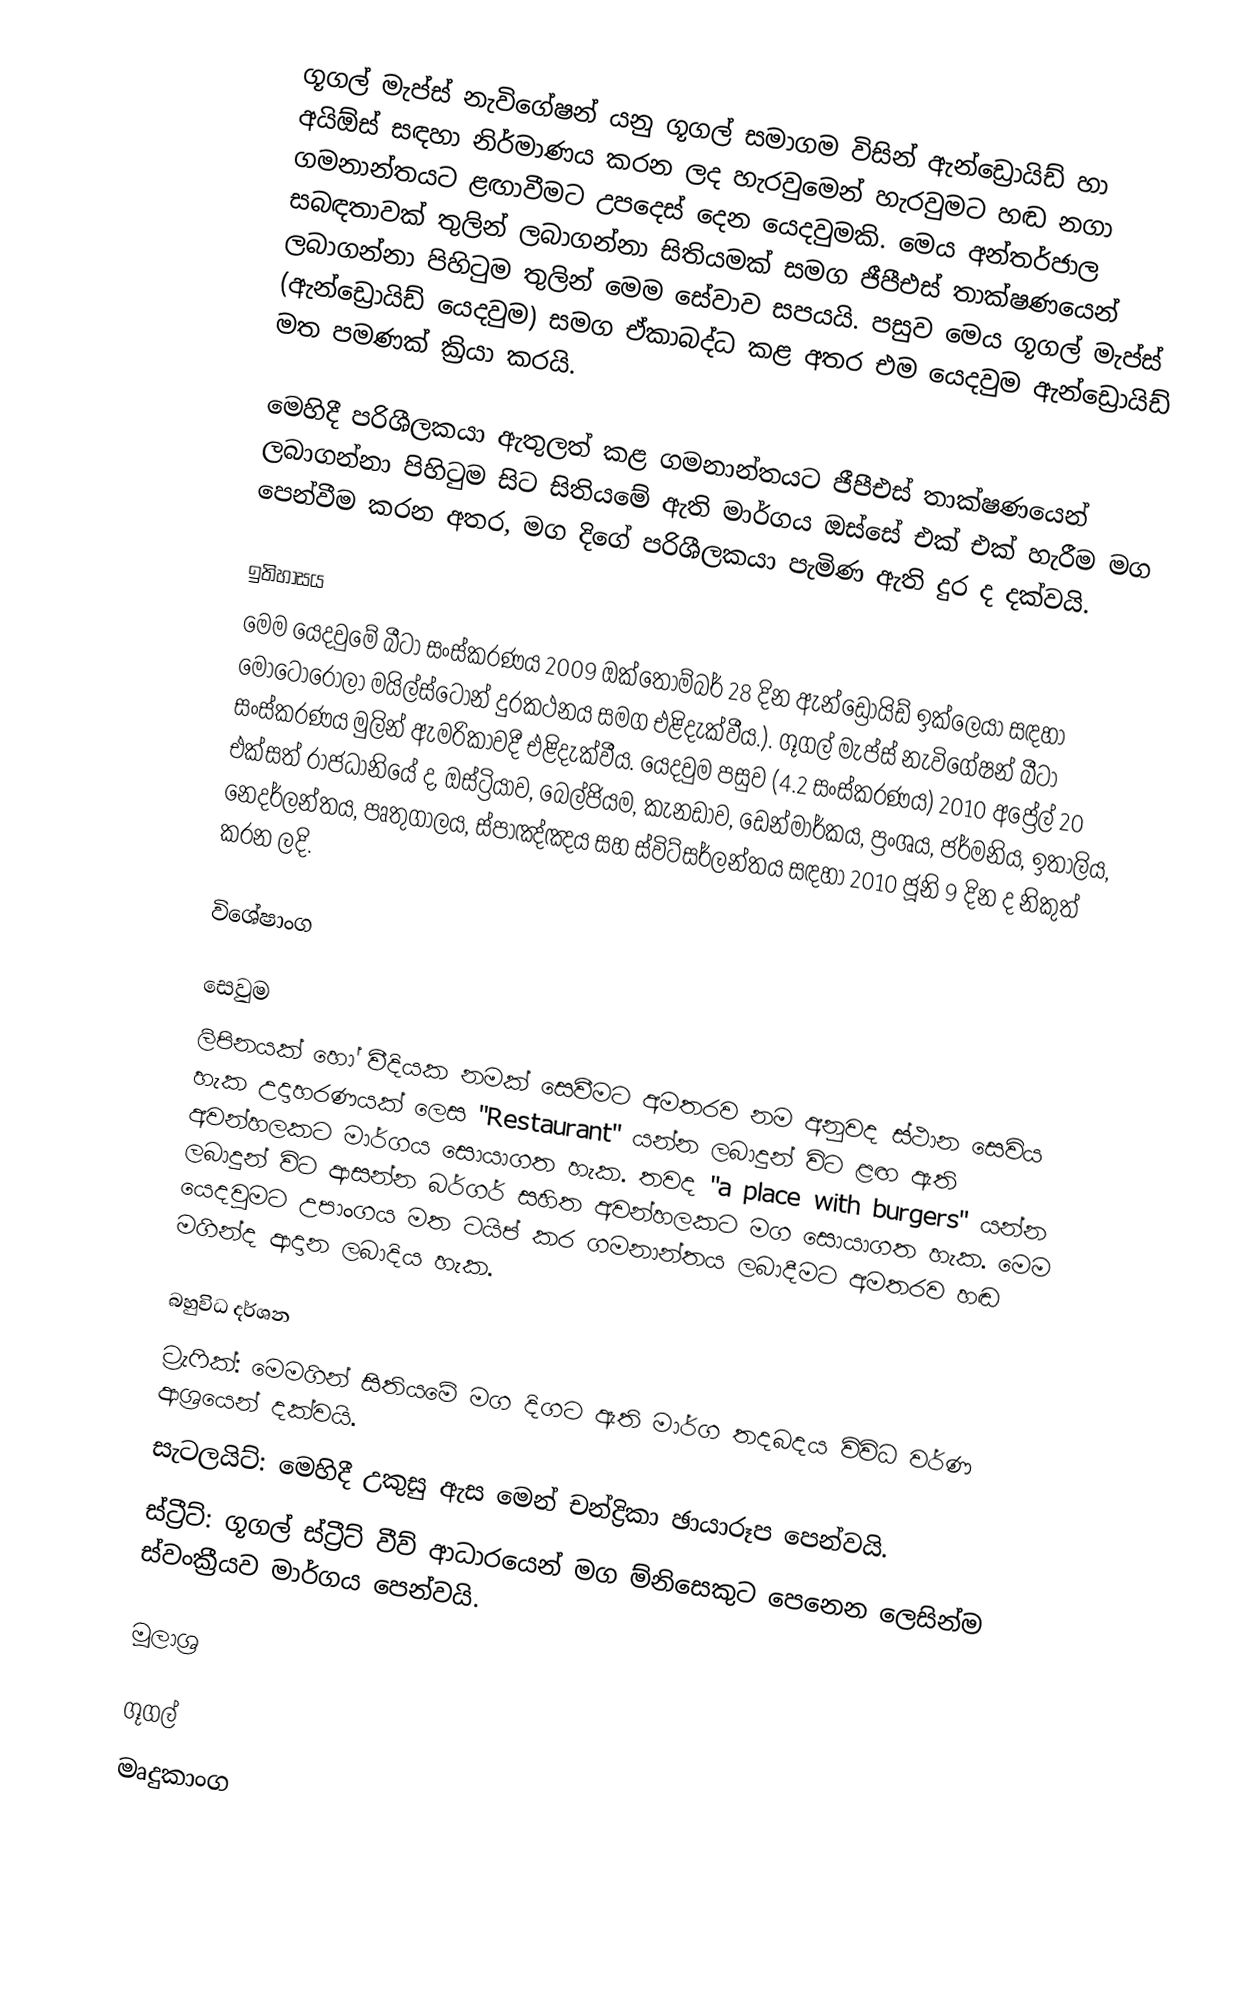
ගූගල් මැප්ස් නැවිගේෂන් යනු ගූගල් සමාගම විසින් ඇන්ඩ්‍රොයිඩ් හා අයිඕස් සඳහා නිර්මාණය කරන ලද හැරවුමෙන් හැරවුමට හඬ නගා ගමනාන්තයට ළඟාවීමට උපදෙස් දෙන යෙදවුමකි. මෙය අන්තර්ජාල සබඳතාවක් තුලින් ලබාගන්නා සිතියමක් සමග ජීපීඑස් තාක්ෂණයෙන් ලබාගන්නා පිහිටුම තුලින් මෙම සේවාව සපයයි. පසුව මෙය ගූගල් මැප්ස් (ඇන්ඩ්‍රොයිඩ් යෙදවුම) සමග ඒකාබද්ධ කළ අතර එම යෙදවුම ඇන්ඩ්‍රොයිඩ් මත පමණක් ක්‍රියා කරයි.

මෙහිදී පරිශීලකයා ඇතුලත් කළ ගමනාන්තයට ජීපීඑස් තාක්ෂණයෙන් ලබාගන්නා පිහිටුම සිට සිතියමේ ඇති මාර්ගය ඔස්සේ එක් එක් හැරීම මග පෙන්වීම කරන අතර, මග දිගේ පරිශීලකයා පැමිණ ඇති දුර ද දක්වයි.

ඉතිහාසය
මෙම යෙදවුමේ බීටා සංස්කරණය 2009 ඔක්තොම්බර් 28 දින ඇන්ඩ්‍රොයිඩ් ඉක්ලෙයා සඳහා මෝටොරෝලා මයිල්ස්ටෝන් දුරකථනය සමග එළිදැක්වීය.). ගූගල් මැප්ස් නැවිගේෂන් බීටා සංස්කරණය මුලින් ඇමරිකාවදී එළිදැක්වීය. යෙදවුම පසුව (4.2 සංස්කරණය) 2010 අප්‍රේල් 20 එක්සත් රාජධානියේ ද, ඔස්ට්‍රියාව, බෙල්ජියම, කැනඩාව, ඩෙන්මාර්කය, ප්‍රංශය, ජර්මනිය, ඉතාලිය, නෙදර්ලන්තය, පෘතුගාලය, ස්පාඤ්ඤය සහ ස්විට්සර්ලන්තය සඳහා 2010 ජූනි 9 දින ද නිකුත් කරන ලදි.

විශේෂාංග

සෙවුම
ලිපිනයක් හෝ වීදියක නමක් සෙවීමට අමතරව නම අනුවද ස්ථාන සෙවිය හැක උදාහරණයක් ලෙස "Restaurant" යන්න ලබාදුන් විට ළඟ ඇති අවන්හලකට මාර්ගය සොයාගත හැක. තවද "a place with burgers" යන්න ලබාදුන් විට ආසන්න බර්ගර් සහිත අවන්හලකට මග සොයාගත හැක. මෙම යෙදවුමට උපාංගය මත ටයිප් කර ගමනාන්තය ලබාදීමට අමතරව හඬ මගින්ද ආදාන ලබාදිය හැක.

බහුවිධ දර්ශන
ට්‍රැෆික්: මෙමගින් සිතියමේ මග දිගට ඇති මාර්ග තදබදය විවිධ වර්ණ ආශ්‍රයෙන් දක්වයි.
සැටලයිට්: මෙහිදී උකුසු ඇස මෙන් චන්ද්‍රිකා ඡායාරූප පෙන්වයි.
ස්ට්‍රීට්: ගූගල් ස්ට්‍රීට් වීව් ආධාරයෙන් මග ම්නිසෙකුට පෙනෙන ලෙසින්ම ස්වංක්‍රීයව මාර්ගය පෙන්වයි.

මූලාශ්‍ර

ගූගල්
මෘදුකාංග